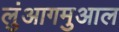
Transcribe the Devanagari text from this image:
लुंआगमुआल